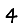
Digit: 4